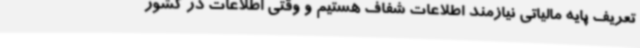
تعریف پایه مالیاتی نیازمند اطلاعات شفاف هستیم و وقتی اطلاعات در کشور